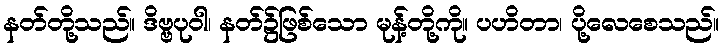
နတ်တို့သည်။ ဒိဗ္ဗပုဝါ၊ နတ်၌ဖြစ်သော မုန့်တို့ကို။ ပဟိတာ၊ ပို့လေစေသည်။